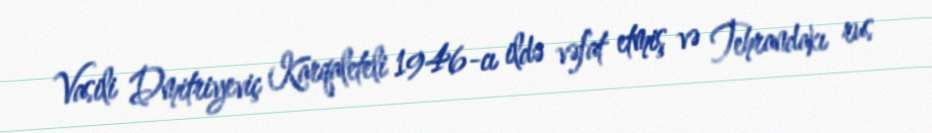
Vasili Dmitriyeviç Karqaleteli 1946-cı ildə vəfat etmiş və Tehrandakı rus